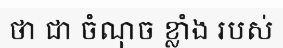
ថា ជា ចំណុច ខ្លាំង របស់